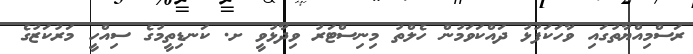
ރަސްމިއްޔާތުގައި ވާހަކަފުޅު ދައްކަވަމުން ހެލްތު މިނިސްޓަރު ވިދާޅުވީ ށ. ކަނޑިތީމުގެ ސިއްހީ މަރުކަޒުގެ